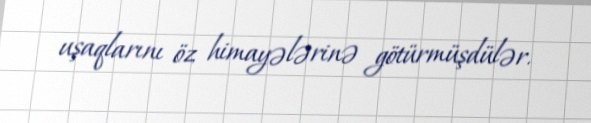
uşaqlarını öz himayələrinə götürmüşdülər.